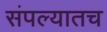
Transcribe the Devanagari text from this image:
संपल्यातच